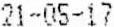
21-05-17